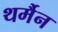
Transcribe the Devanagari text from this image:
थर्मैन